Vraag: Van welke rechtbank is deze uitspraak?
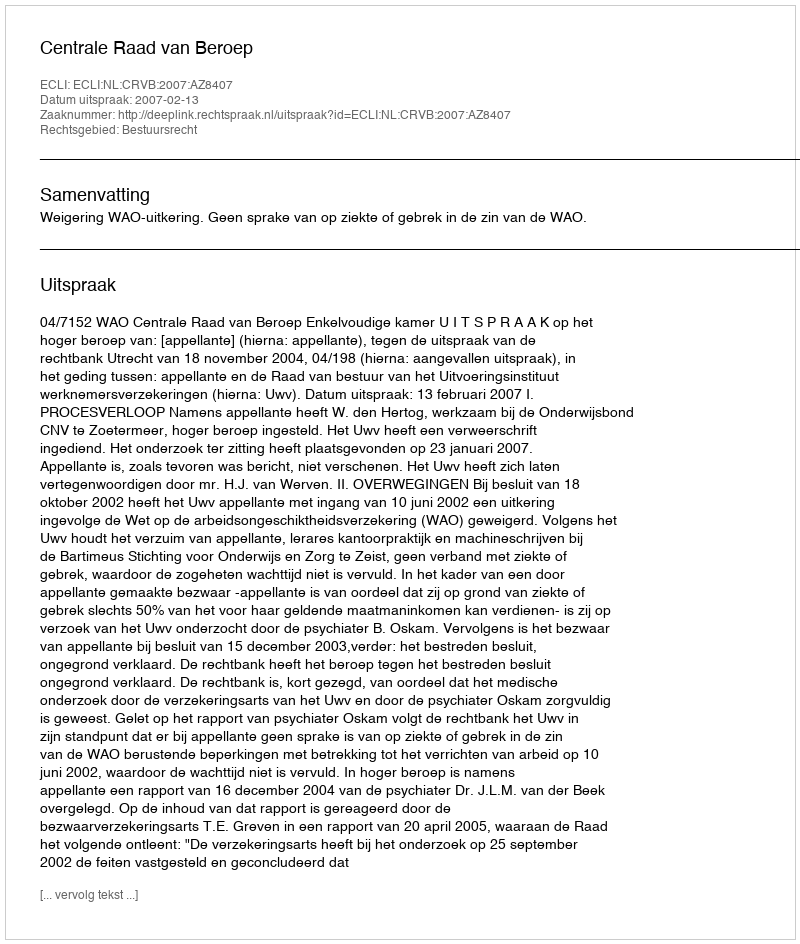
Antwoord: Centrale Raad van Beroep